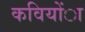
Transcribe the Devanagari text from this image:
कवियोंा